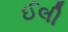
ઈલી